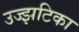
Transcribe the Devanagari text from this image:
उज्झटिका